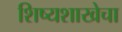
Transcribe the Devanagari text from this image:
शिष्यशाखेचा